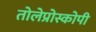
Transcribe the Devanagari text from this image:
तोलेप्रोस्कोपी